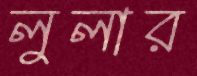
লুলার